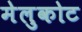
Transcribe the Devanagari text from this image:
मेलुकोट